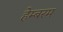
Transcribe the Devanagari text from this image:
हेम्बरम